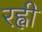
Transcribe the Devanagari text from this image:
रह्वी